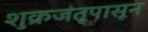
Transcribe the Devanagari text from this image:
शुक्रजंतूपासून